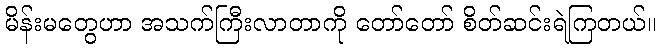
မိန်းမတွေဟာ အသက်ကြီးလာတာကို တော်တော် စိတ်ဆင်းရဲကြတယ်။